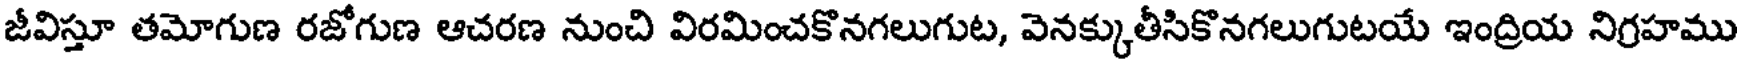
జీవిస్తూ తమోగుణ రజోగుణ ఆచరణ నుంచి విరమించకొనగలుగుట, వెనక్కుతీసికొనగలుగుటయే ఇంద్రియ నిగ్రహము